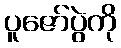
ပူဇော်ပွဲကို